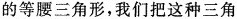
的等腰三角形，我们把这种三角